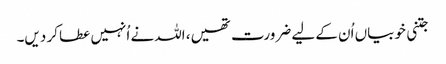
جتنی خوبیاں اُن کے لیے ضرورت تھیں، اللہ نے اُنہیں عطا کر دیں۔